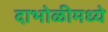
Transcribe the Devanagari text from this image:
दाभोळीमध्ये